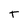
Character: T